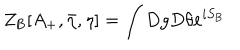
Z _ { \mathrm { B } } [ A _ { + } , { \bar { \eta } } , \eta ] = \int D g D \theta e ^ { i S _ { \mathrm { B } } }